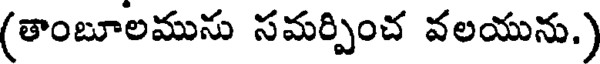
(తాంబూలమును సమర్పించ వలయును.)